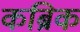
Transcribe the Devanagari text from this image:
कब्रिक